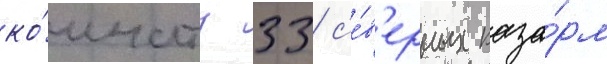
ко́мнату 33 с'е́в'ерных каза́рм